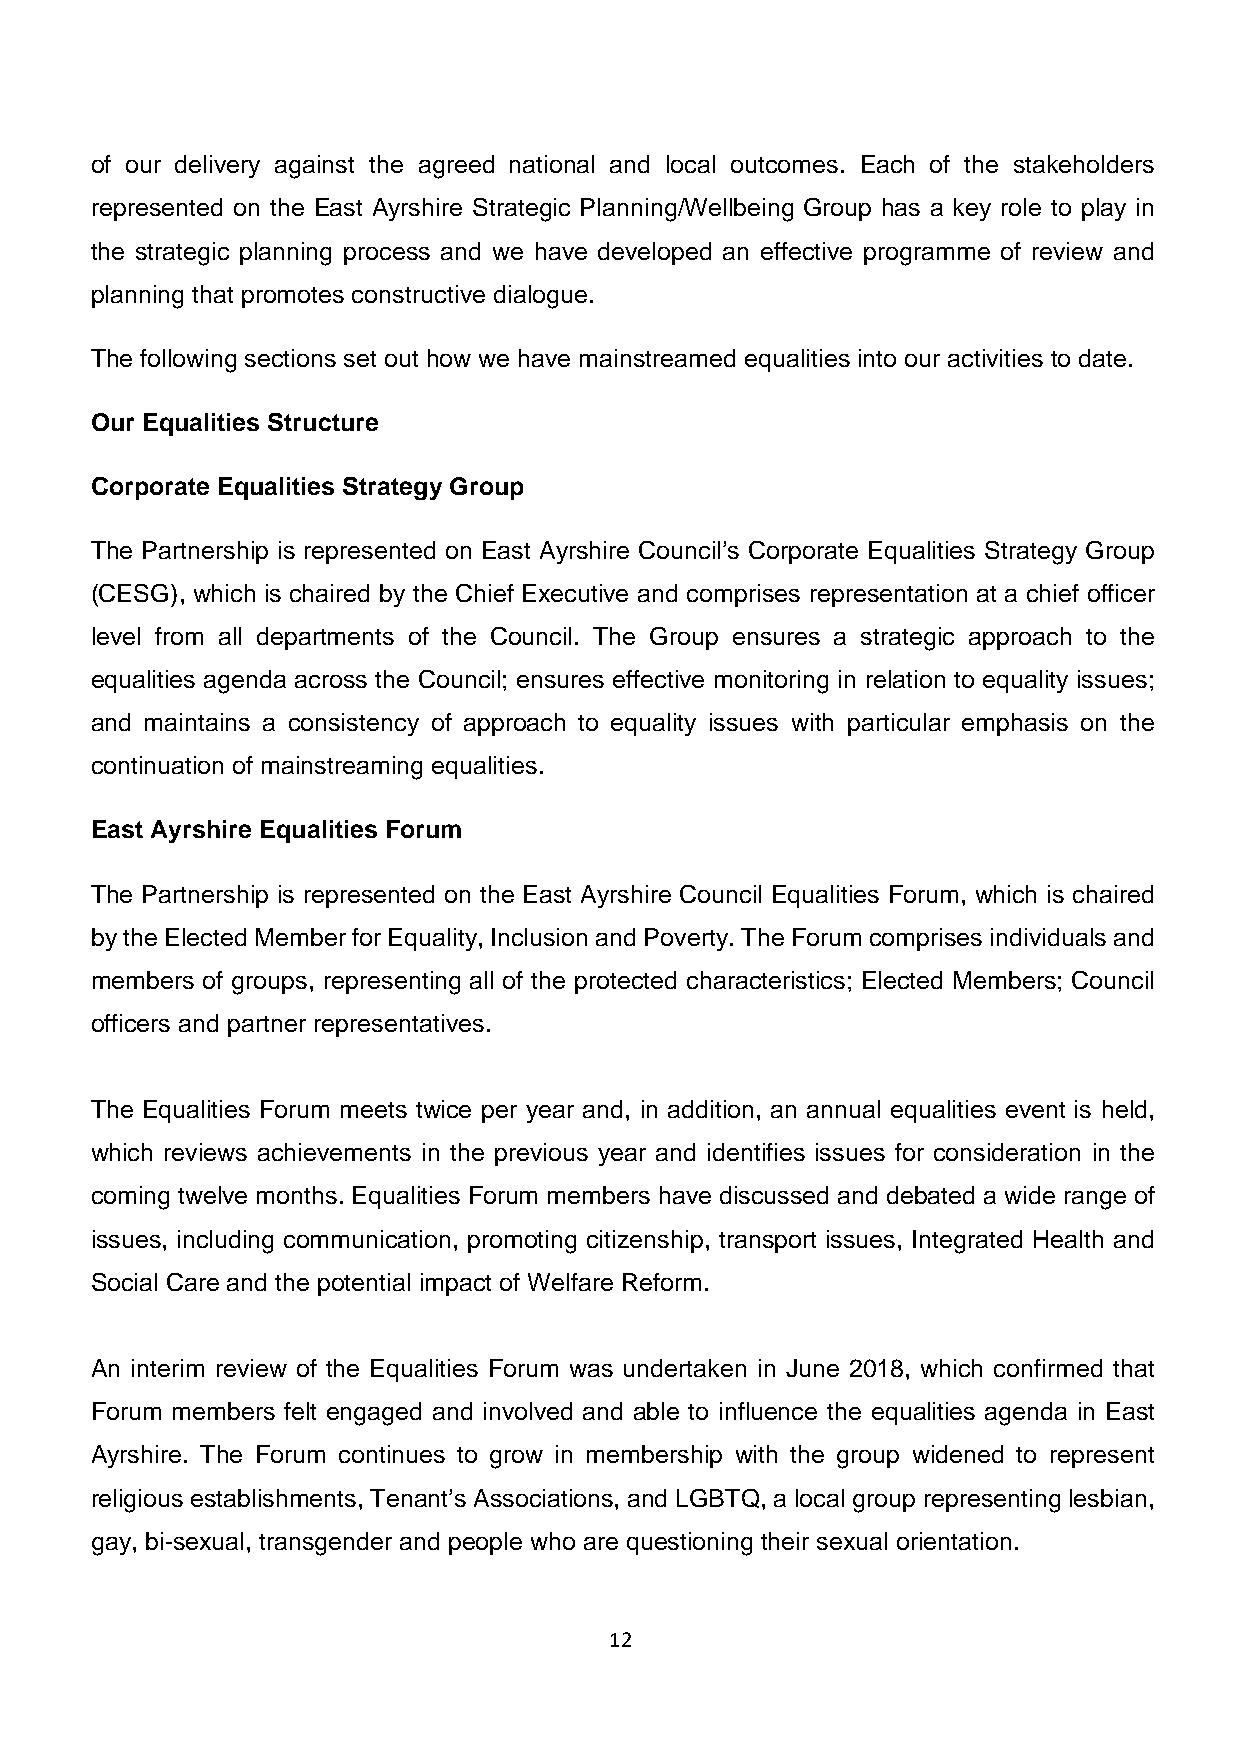
of our delivery against the agreed national and local outcomes. Each of the stakeholders
 represented on the East Ayrshire Strategic Planning/Wellbeing Group has a key role to play in
 the strategic planning process and we have developed an effective programme of review and
 planning that promotes constructive dialogue.
 The following sections set out how we have mainstreamed equalities into our activities to date.
 Our Equalities Structure
 Corporate Equalities Strategy Group
 The Partnership is represented on East Ayrshire Council’s Corporate Equalities Strategy Group
 (CESG), which is chaired by the Chief Executive and comprises representation at a chief officer
 level from all departments of the Council. The Group ensures a strategic approach to the
 equalities agenda across the Council; ensures effective monitoring in relation to equality issues;
 and maintains a consistency of approach to equality issues with particular emphasis on the
 continuation of mainstreaming equalities.
 East Ayrshire Equalities Forum
 The Partnership is represented on the East Ayrshire Council Equalities Forum, which is chaired
 by the Elected Member for Equality, Inclusion and Poverty. The Forum comprises individuals and
 members of groups, representing all of the protected characteristics; Elected Members; Council
 officers and partner representatives.
 The Equalities Forum meets twice per year and, in addition, an annual equalities event is held,
 which reviews achievements in the previous year and identifies issues for consideration in the
 coming twelve months. Equalities Forum members have discussed and debated a wide range of
 issues, including communication, promoting citizenship, transport issues, Integrated Health and
 Social Care and the potential impact of Welfare Reform.
 An interim review of the Equalities Forum was undertaken in June 2018, which confirmed that
 Forum members felt engaged and involved and able to influence the equalities agenda in East
 Ayrshire. The Forum continues to grow in membership with the group widened to represent
 religious establishments, Tenant’s Associations, and LGBTQ, a local group representing lesbian,
 gay, bi-sexual, transgender and people who are questioning their sexual orientation.
 12